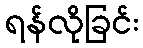
ရန်လိုခြင်း